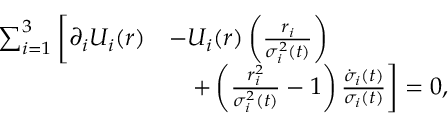
\begin{array} { r l } { \sum _ { i = 1 } ^ { 3 } \bigg [ \partial _ { i } U _ { i } ( \boldsymbol { r } ) } & { - U _ { i } ( \boldsymbol { r } ) \left( \frac { r _ { i } } { \sigma _ { i } ^ { 2 } ( t ) } \right) } \\ & { \quad + \left( \frac { r _ { i } ^ { 2 } } { \sigma _ { i } ^ { 2 } ( t ) } - 1 \right) \frac { \dot { \sigma } _ { i } ( t ) } { \sigma _ { i } ( t ) } \bigg ] = 0 , } \end{array}